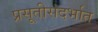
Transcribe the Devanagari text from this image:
प्रसूतीसंदर्भात